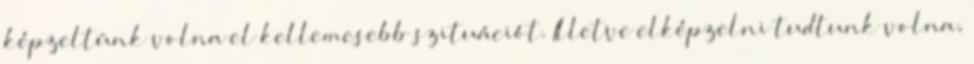
képzeltünk volna el kellemesebb szituációt. Illetve elképzelni tudtunk volna,